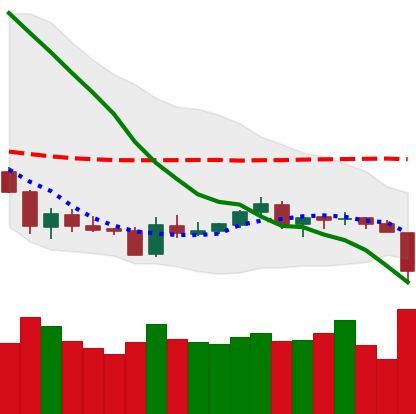
Ticker: LTC-USD
Chart end date: 2018-06-10
Forward return: -9.686%
Label: down_7plus